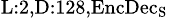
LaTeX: _{\textrm{L}:2,\textrm{D}:128,\textrm{EncDec}_{\textrm{S}}}